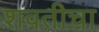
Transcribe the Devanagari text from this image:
शवतीचा